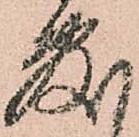
敷